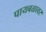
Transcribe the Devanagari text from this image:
पायबळावर